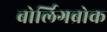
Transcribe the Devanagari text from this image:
बोर्लिगब्रोक